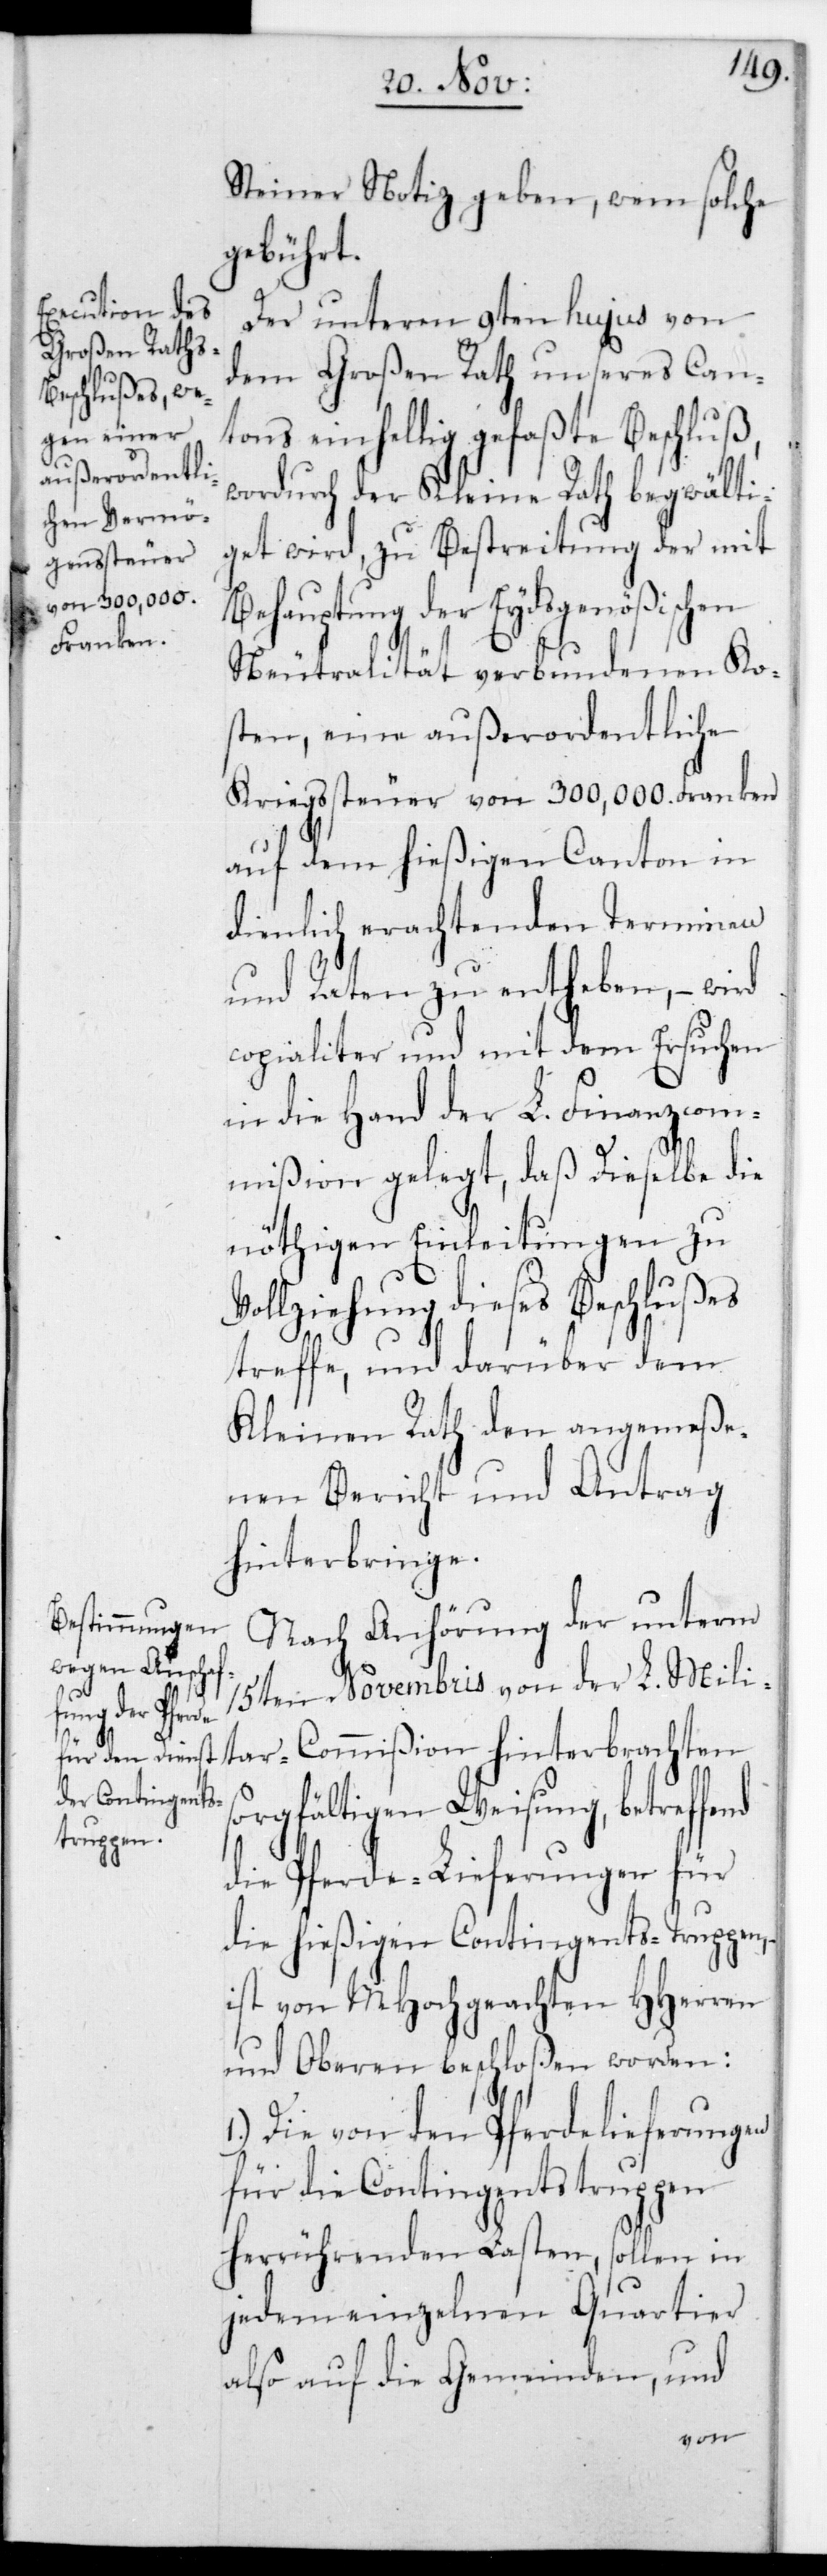
Steiner Notiz geben, wem solche
gebührt.
Der unterm 9ten hujus von
dem Großen Rath unseres Can¬
tons einhellig gefaßte Beschluß,
wodurch der Kleine Rath begwälti¬
get wird, zu Bestreitung der mit
Behauptung der Eydsgenößischen
Neutralität verbundenen Ko¬
sten, eine außerordentliche
Kriegssteuer von 300,000. Franken
auf dem hießigen Canton in
dienlich erachtenden Terminen
und Raten zu entheben, – wird
copialiter und mit dem Ersuchen
in die Hand der L. Finanzcom¬
mißion gelegt, daß Dieselbe die
nöthigen Einleitungen zu
Vollziehung dieses Beschlußes
treffe, und darüber dem
Kleinen Rath den angemeße¬
nen Bericht und Antrag
hinterbringe.
Nach Anhörung der unterm
15ten Novembris von der L. Mili¬
tar-Commißion hinterbrachten
sorgfältigen Weisung, betreffend
die Pferde-Lieferung für
die hießige Contingents-Truppen,
ist von MHochgeachten HHerren
und Oberen beschloßen worden:
1.) Die von den Pferdelieferungen
für die Contingentstruppen
herrührenden Lasten, sollen in
jedem einzelnen Quartier
also auf die Gemeinden, und